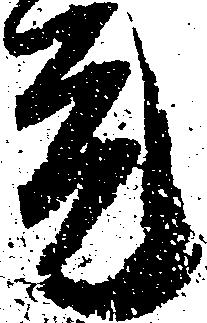
元